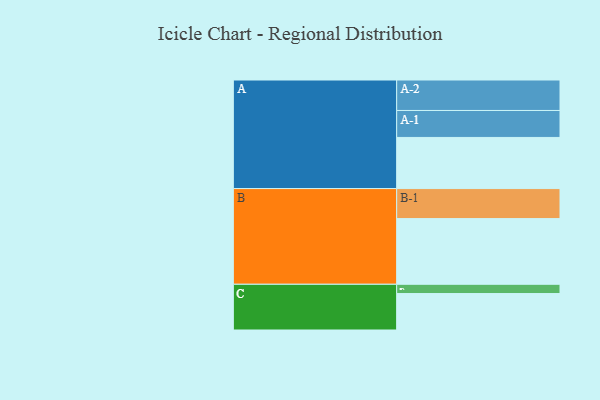
{"axis": {"x": "Segment", "y": "Value"}, "legend": ["", "A", "B", "C"], "data": [{"x": "A", "y": 453, "type": ""}, {"x": "B", "y": 582, "type": ""}, {"x": "C", "y": 323, "type": ""}, {"x": "A-1", "y": 239, "type": "A"}, {"x": "A-2", "y": 270, "type": "A"}, {"x": "B-1", "y": 266, "type": "B"}, {"x": "C-1", "y": 82, "type": "C"}]}